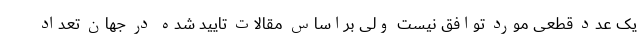
یک عدد قطعی مورد توافق نیست ولی براساس مقالات تایید شده در جهان تعداد